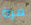
مرة